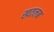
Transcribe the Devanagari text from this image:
खतलब